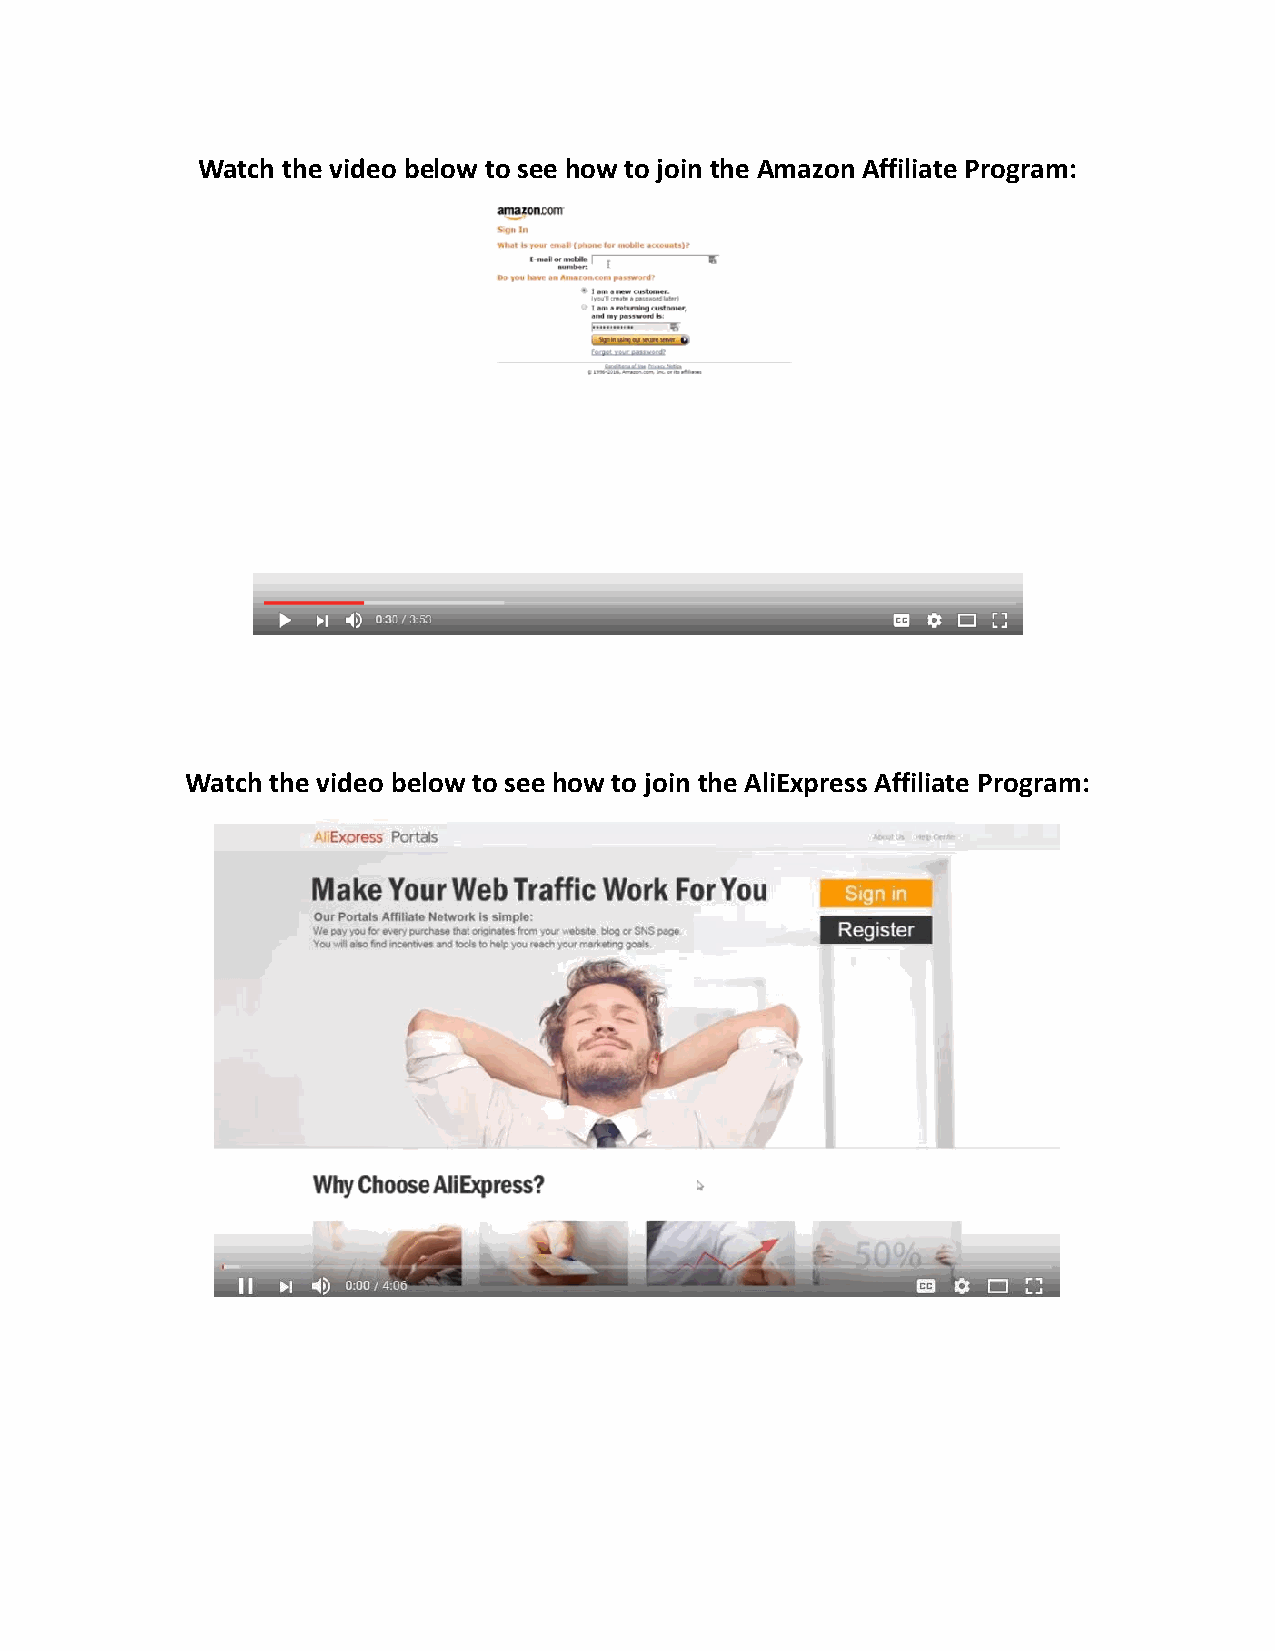
Watch the video below to see how to join the Amazon Affiliate Program:
 Watch the video below to see how to join the AliExpress Affiliate Program: